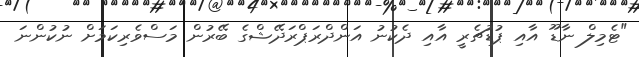
"ޓެމިލް ނާޑޫ އާއި ޕުޑުޗެރީ އާއި ދެކުނު އަންދްރަޕްރަދޭޝްގެ ބޭރުން މަސްވެރިކަމަށް ނުކުންނަ